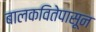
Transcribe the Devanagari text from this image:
बालकवितेपासून